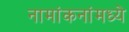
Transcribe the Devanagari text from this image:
नामांकनांमध्ये